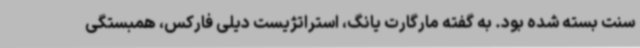
سنت بسته شده بود. به گفته مارگارت یانگ، استراتژیست دیلی فارکس، همبستگی